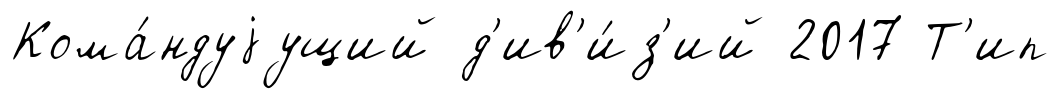
Кома́ндуjущий д'ив'и́з'ий 2017 Т'ип